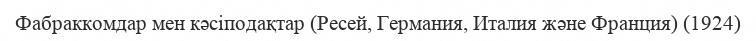
Фабраккомдар мен кәсіподақтар (Ресей, Германия, Италия және Франция) (1924)